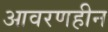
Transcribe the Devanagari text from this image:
आवरणहीन